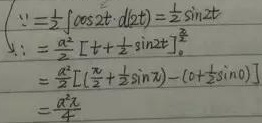
\[
\begin{align*}
y&=\frac{1}{2}\int\cos 2t\cdot d(2t)=\frac{1}{2}\sin 2t\\
y&=\frac{\pi^{2}}{2}\left[t + t+\frac{1}{2}\sin 2t\right]_{0}^{\pi}\\
&=\frac{\pi^{2}}{2}\left[\left(\pi+\frac{1}{2}\sin 2\pi\right)-\left(0+\frac{1}{2}\sin 0\right)\right]\\
&=\frac{\pi^{3}}{2}
\end{align*}
\]
这里最后结果疑似有误，按照前面计算 \(\frac{\pi^{2}}{2}\left[\left(\pi+\frac{1}{2}\sin 2\pi\right)-\left(0+\frac{1}{2}\sin 0\right)\right]=\frac{\pi^{2}}{2}(\pi + 0 - 0 - 0)=\frac{\pi^{3}}{2}\) 。你可根据实际情况确认。